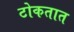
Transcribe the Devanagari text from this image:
टोकतात